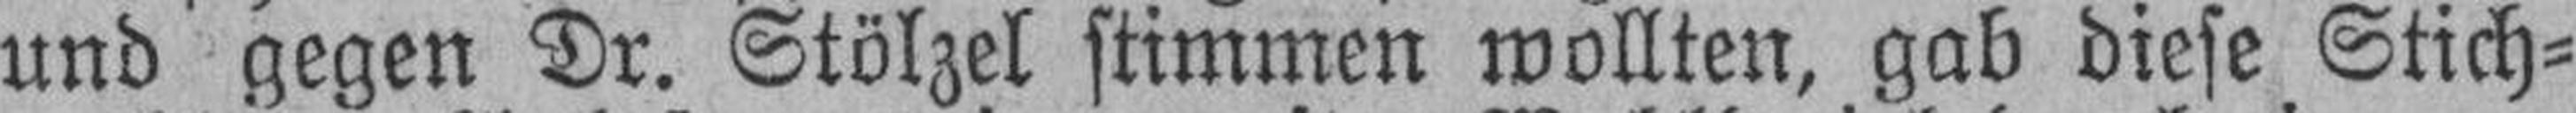
und gegen Dr. Stölzel stimmen wollten, gab diese Stich¬